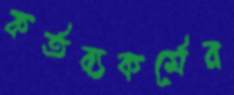
কর্তব্যকর্মের